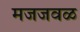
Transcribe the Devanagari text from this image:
मजजवळ